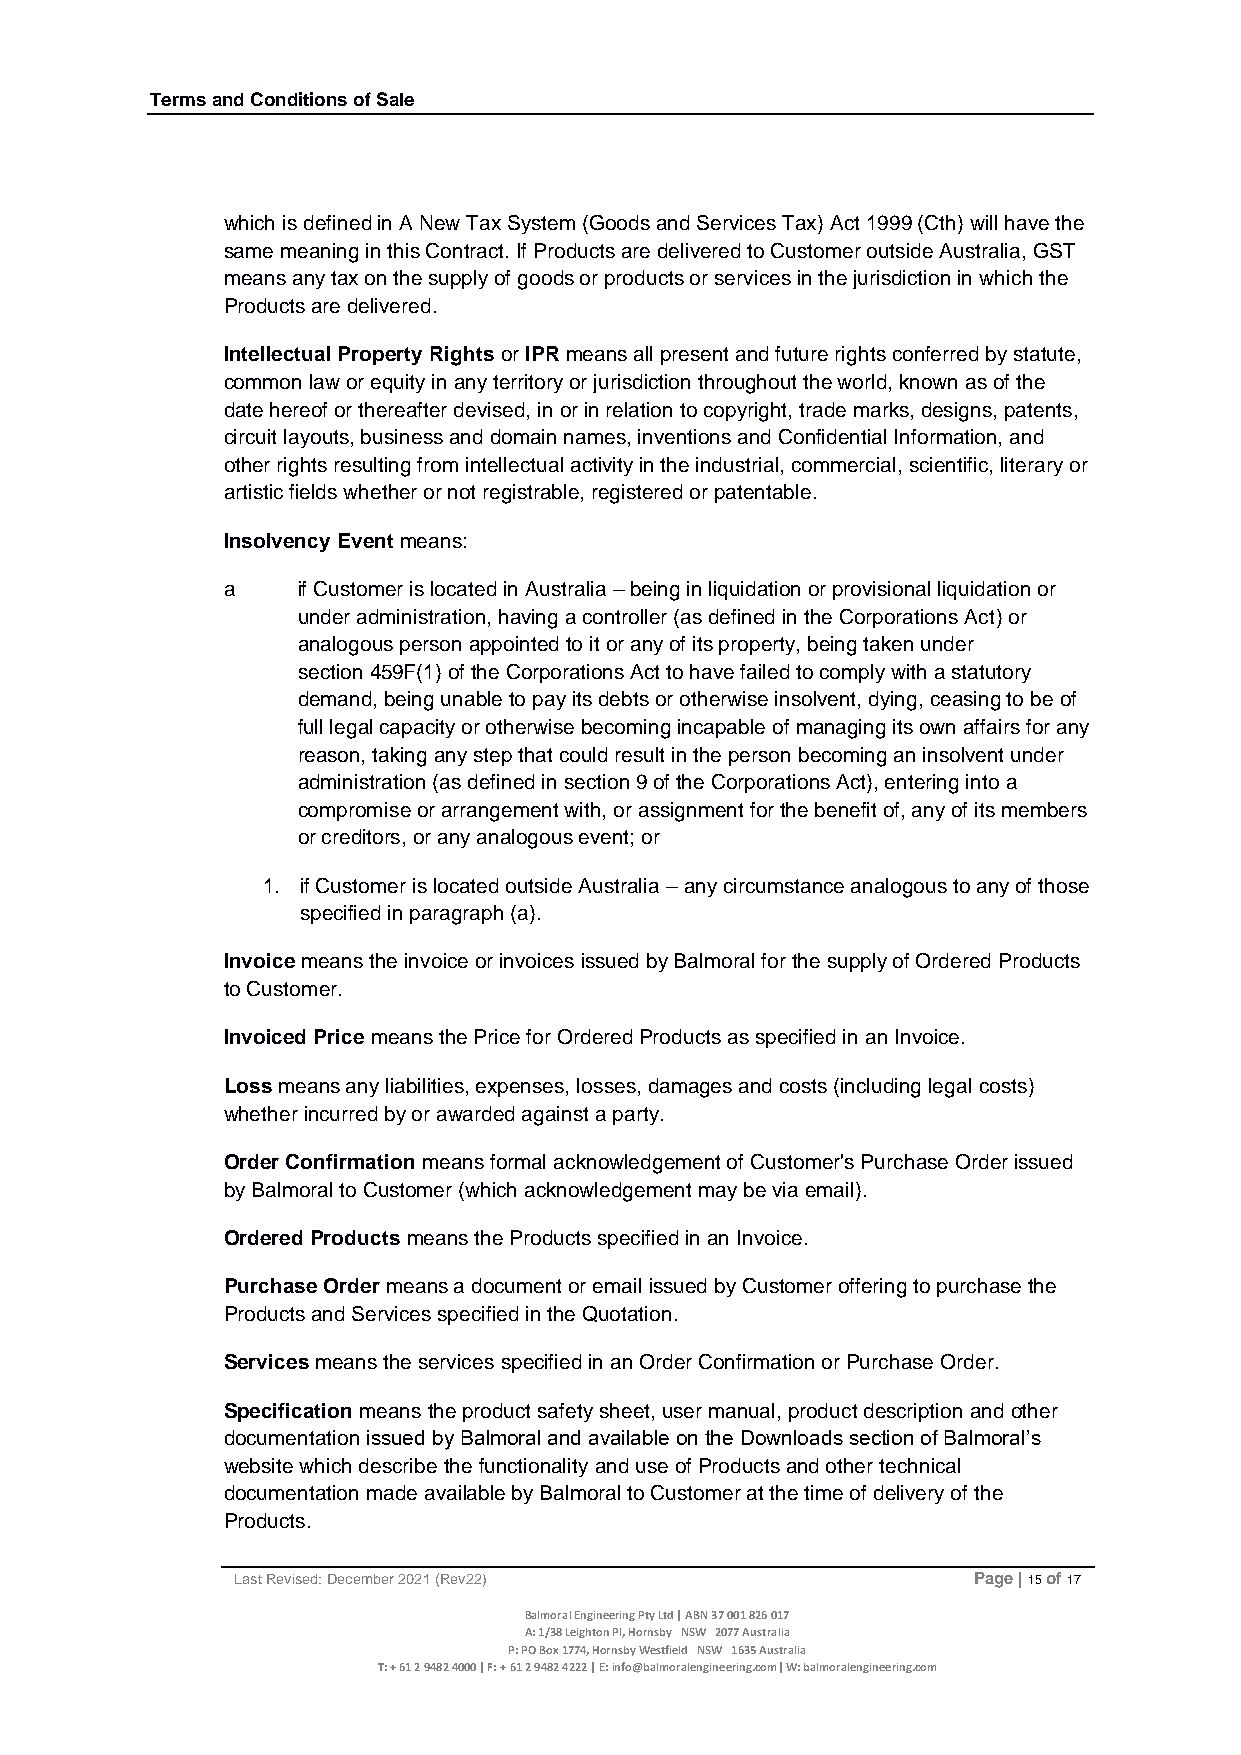
Terms and Conditions of Sale
 which is defined in A New Tax System (Goods and Services Tax) Act 1999 (Cth) will have the
 same meaning in this Contract. If Products are delivered to Customer outside Australia, GST
 means any tax on the supply of goods or products or services in the jurisdiction in which the
 Products are delivered.
 Intellectual Property Rights or IPR means all present and future rights conferred by statute,
 common law or equity in any territory or jurisdiction throughout the world, known as of the
 date hereof or thereafter devised, in or in relation to copyright, trade marks, designs, patents,
 circuit layouts, business and domain names, inventions and Confidential Information, and
 other rights resulting from intellectual activity in the industrial, commercial, scientific, literary or
 artistic fields whether or not registrable, registered or patentable.
 Insolvency Event means:
 a    if Customer is located in Australia – being in liquidation or provisional liquidation or
 under administration, having a controller (as defined in the Corporations Act) or
 analogous person appointed to it or any of its property, being taken under
 section 459F(1) of the Corporations Act to have failed to comply with a statutory
 demand, being unable to pay its debts or otherwise insolvent, dying, ceasing to be of
 full legal capacity or otherwise becoming incapable of managing its own affairs for any
 reason, taking any step that could result in the person becoming an insolvent under
 administration (as defined in section 9 of the Corporations Act), entering into a
 compromise or arrangement with, or assignment for the benefit of, any of its members
 or creditors, or any analogous event; or
 1. if Customer is located outside Australia – any circumstance analogous to any of those
 specified in paragraph (a).
 Invoice means the invoice or invoices issued by Balmoral for the supply of Ordered Products
 to Customer.
 Invoiced Price means the Price for Ordered Products as specified in an Invoice.
 Loss means any liabilities, expenses, losses, damages and costs (including legal costs)
 whether incurred by or awarded against a party.
 Order Confirmation means formal acknowledgement of Customer's Purchase Order issued
 by Balmoral to Customer (which acknowledgement may be via email).
 Ordered Products means the Products specified in an Invoice.
 Purchase Order means a document or email issued by Customer offering to purchase the
 Products and Services specified in the Quotation.
 Services means the services specified in an Order Confirmation or Purchase Order.
 Specification means the product safety sheet, user manual, product description and other
 documentation issued by Balmoral and available on the Downloads section of Balmoral’s
 website which describe the functionality and use of Products and other technical
 documentation made available by Balmoral to Customer at the time of delivery of the
 Products.
 Last Revised: December 2021 (Rev22)             Page | 15 of 17
 Balmoral Engineering Pty Ltd | ABN 37 001 826 017
 A: 1/38 Leighton Pl, Hornsby NSW 2077 Australia
 P: PO Box 1774, Hornsby Westfield NSW 1635 Australia
 T: + 61 2 9482 4000 | F: + 61 2 9482 4222 | E: info@balmoralengineering.com| W: balmoralengineering.com